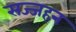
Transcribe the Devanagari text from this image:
सज्जहन